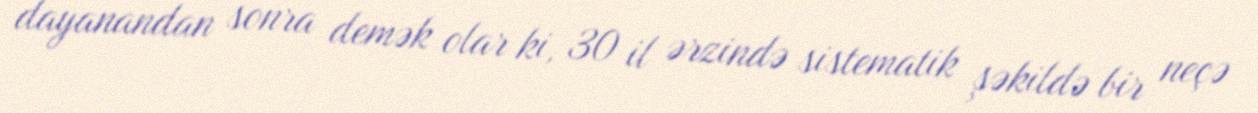
dayanandan sonra demək olar ki, 30 il ərzində sistematik şəkildə bir neçə